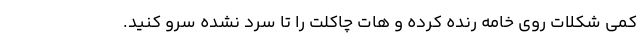
کمی شکلات روی خامه رنده کرده و هات چاکلت را تا سرد نشده سرو کنید.